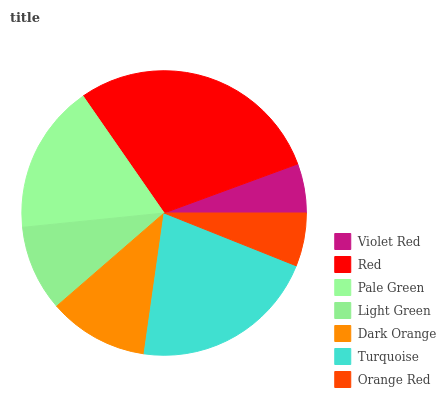
| Violet Red | Red | Pale Green | Light Green | Dark Orange | Turquoise | Orange Red |
 | --- | --- | --- | --- | --- | --- | --- |
 | 5.6% | 29.1% | 17% | 9.76% | 11.4% | 21.1% | 6.04% |